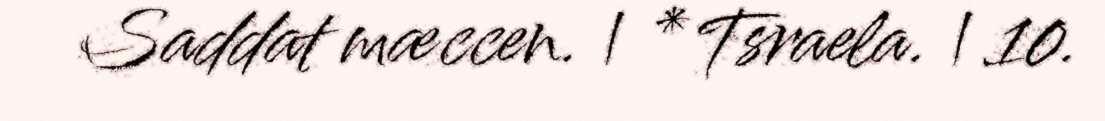
Saddat mæccen. | * Tsraela. | 10.